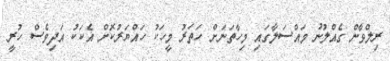
ރިލްވާން ގެއްލުނު މައްސަލާގައި މިހާތަނަށް ހަތަރު މީހަކު ހައްޔަރުކޮށް އެކަކު އަދިވެސް ހުރީ